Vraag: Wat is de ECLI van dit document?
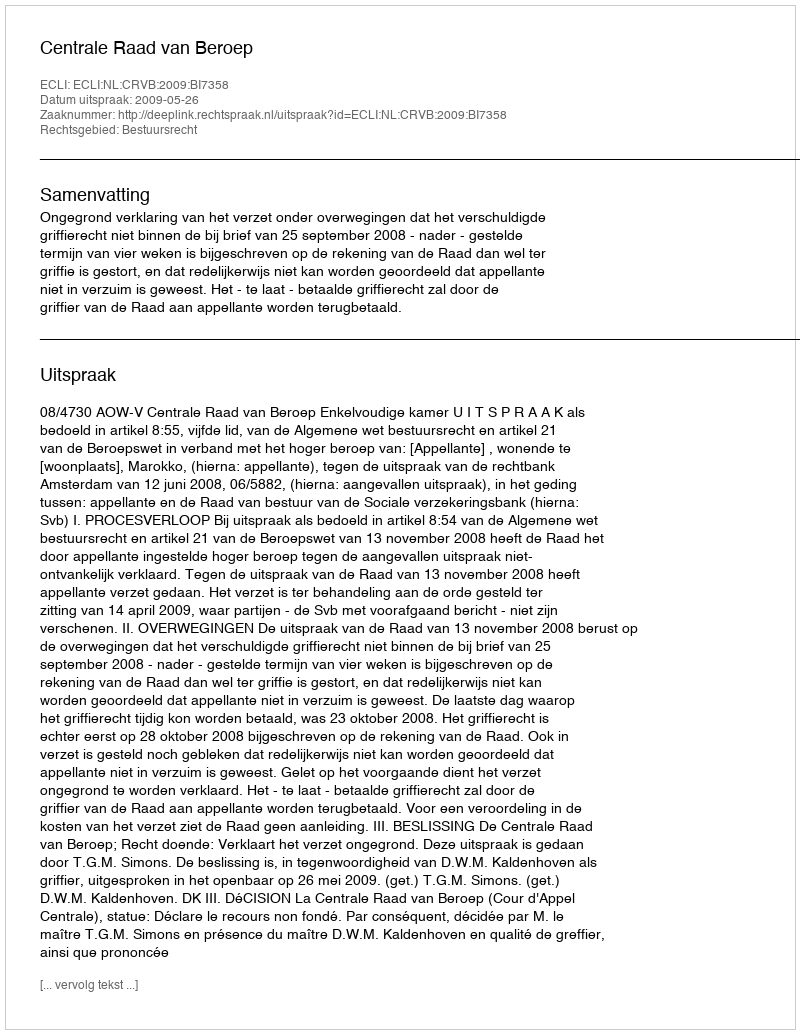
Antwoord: ECLI:NL:CRVB:2009:BI7358